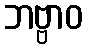
ဘဗ္ဗာဝ